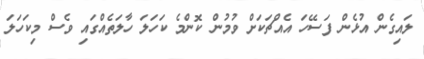
ލައިގެން އުޅެން ފަސޭހަ އެއްޗަކަށް ވުމުން ކޮންމެ ކަހަލަ ހާލަތެއްގައި ވެސް މިކަހަލަ